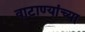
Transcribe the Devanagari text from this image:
वाटाण्यांच्या